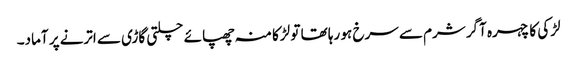
لڑکی کا چہرہ آگر شرم سے سرخ ہو رہا تھا تو لڑکا منہ چھپائے چلتی گاڑی سے اترنے پر آماد۔